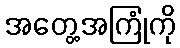
အတွေ့အကြုံကို